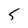
Character: 5